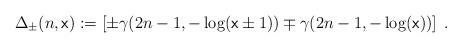
LaTeX: \begin{align*}\Delta_\pm(n, \mathrm{\mathsf{x}}):=\left[\pm\gamma(2n-1,-\log( \mathrm{\mathsf{x}}\pm1))\mp\gamma(2n-1,-\log( \mathrm{\mathsf{x}}))\right]\;.\end{align*}